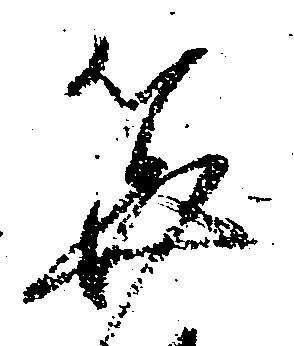
算